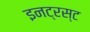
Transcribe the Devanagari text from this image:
इनट्रस्ट